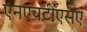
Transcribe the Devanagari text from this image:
एनएचटीएसए